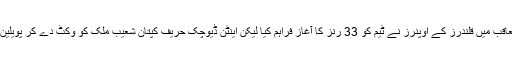
ہدف کے تعاقب میں قلندرز کے اوپنرز نے ٹیم کو 33 رنز کا آغاز فراہم کیا لیکن اینٹن ڈیوچک حریف کپتان شعیب ملک کو وکٹ دے کر پویلین جا بیٹھے۔